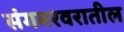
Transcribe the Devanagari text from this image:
संगमरवरातील